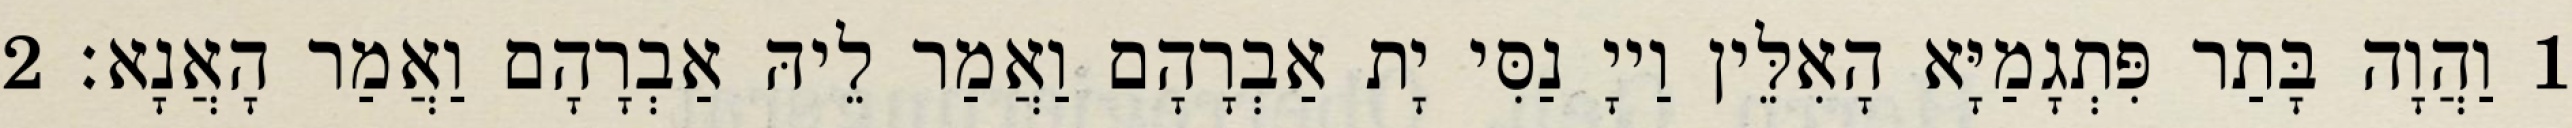
1 וַהֲוָה בָּתַר פִּתְגָמַיָּא הָאִלֵּין וַייָ נַסִּי יָת אַבְרָהָם וַאֲמַר לֵיהּ אַבְרָהָם וַאֲמַר הָאֲנָא׃ 2